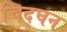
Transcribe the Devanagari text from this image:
चिद्घन